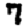
Digit: 7